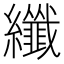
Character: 纖